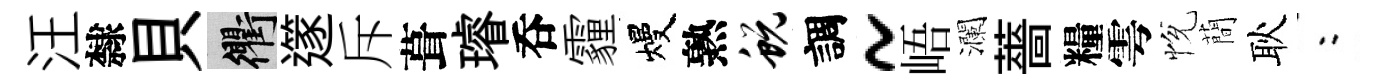
汪隸貝衢𨗹斥葺璿呑霾熳熟蜕調~峿瀾薔糧雩恱蕳耿欸